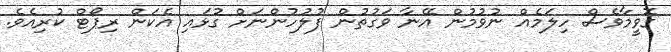
ގޮވީމާވެސް ހިލަމެއް ނުވުމުން އޭނާ ވަގުތުން ފުލުހުންނަށް ގުޅައި އެކަން ރިޕޯޓް ކުރިއެވެ.